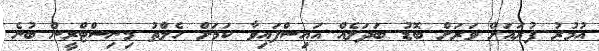
އުމުރު ފުރައަށް ވަރަށް ބޮޑު ބަދަލެއް އައިސްފައިވާ ކަމަށް ހެލްތު މިނިސްޓްރީން ބުނެ